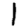
Digit: 1